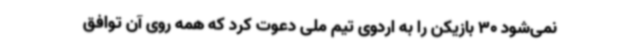
نمی‌شود 30 بازیکن را به اردوی تیم ملی دعوت کرد که همه روی آن توافق